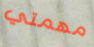
مهمتي